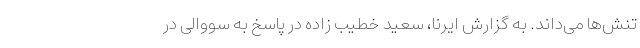
تنش‌ها می‌داند. به گزارش ایرنا، سعید خطیب زاده در پاسخ به سووالی در